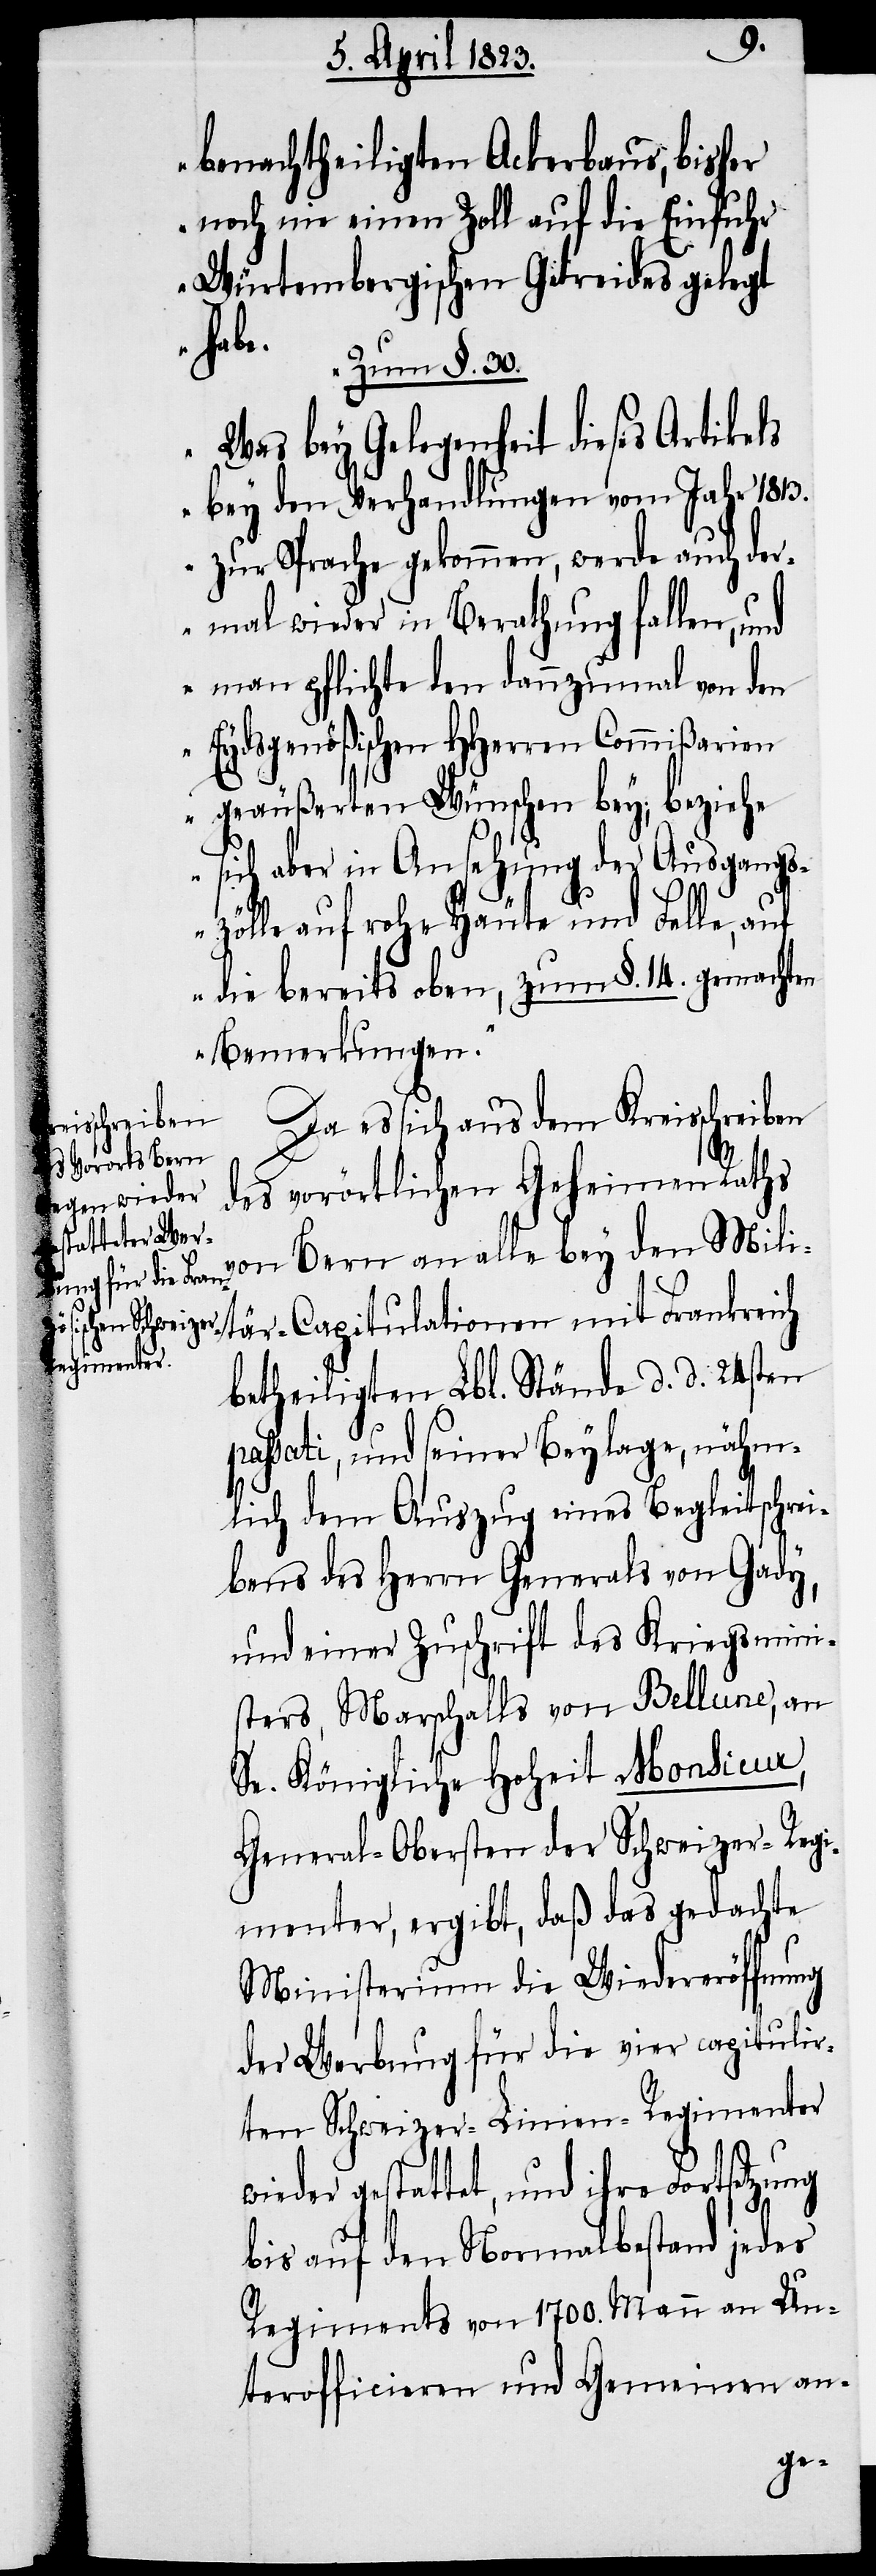
benachtheiligten Ackerbaus, bisher
noch nie einen Zoll auf die Einfuhr
Würtembergischen Getreides gelegt
habe.
Zum §. 30.
Was bey Gelegenheit dieses Artikels
bey den Verhandlungen vom Jahr 1813.
zur Sprache gekommen, werde auch der¬
mal wieder in Berathung fallen, und
man pflichte den dannzumal von den
Eydsgenößischen HHerren Commißarien
geäußerten Wünschen bey; beziehe
sich aber in Ansehung der Ausgangs¬
zölle auf rohe Häute und Felle, au¬
f die bereits oben, zum §. 14. gemachten
Bemerkungen.“
Da es sich aus dem Kreisschreiben
des vorörtlichen Geheimen Raths
von Bern an alle bey den Mili¬
tär-Capitulationen mit Frankreich
betheiligten Lbl. Stände d. d. 24sten
passati, und seiner Beylage, nähm¬
lich dem Auszug eines Begleitschrei¬
bens des Herrn Generals von Gady,
und einer Zuschrift des Kriegsmini¬
sters, Marschalls von Bellune, an
Se. Königliche Hoheit Monsieur,
General-Obersten der Schweizer-Regi¬
menter, ergibt, daß das gedachte
Ministerium die Wiedereröffnung
der Werbung für die vier capitulir¬
ten Schweizer-Linien-Regimenter
wieder gestattet, und ihre Fortsetzung
bis auf den Normalbestand jedes
Regiments von 1700. Mann an Un¬
terofficieren und Gemeinen an-